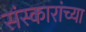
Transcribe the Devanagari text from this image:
संस्कारांच्या